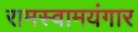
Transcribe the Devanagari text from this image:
रामस्वामयंगार